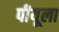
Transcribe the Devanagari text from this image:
पीयूला